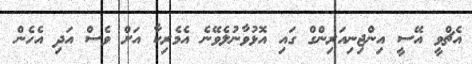
އެޗްވީ އޭސީ އިންޖިނިއަރިންގް ގައި އޮޅުވާނުލެވޭނެ އެމެރިކާ އަށް ވެސް އަދި އެހެން